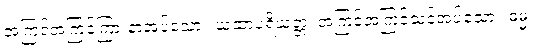
အကြင်အကြင်ကြားနာအပ်သော။ ယထာပရိယတ္တံ၊ အကြင်အကြင်သင်အပ်သော။ ဓမ္မံ၊